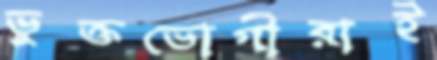
ভুক্তভোগীরাই